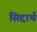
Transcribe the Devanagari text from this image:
सिद्दार्थ